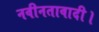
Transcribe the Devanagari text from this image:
नवीनतावादी।